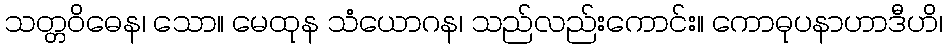
သတ္တဝိဓေန၊ သော။ မေထုန သံယောဂန၊ သည်လည်းကောင်း။ ကောဓုပနာဟာဒီဟိ၊